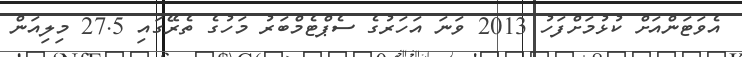
އެވަޓަންއަށް ކުޅުމަށްފަހު 2013 ވަނަ އަހަރުގެ ސެޕްޓެމްބަރު މަހުގެ ތެރޭގައި 27.5 މިލިއަން